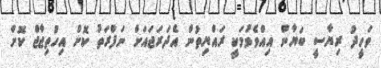
ވަހީދު ރިޔާސީ ބަޔާން އިއްވެވުމަކީ ރައްޔިތުން އެދަރަޖައަށް ނަފްރަތު ކޮށް އިހުތިޖާޖް ކޮށް